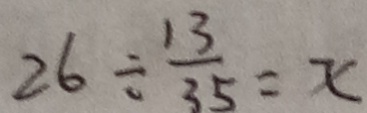
2 6 \div \frac { 1 3 } { 3 5 } = x